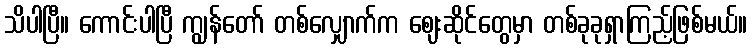
သိပါပြီ။ ကောင်းပါပြီ ကျွန်တော် တစ်လျှောက်က ဈေးဆိုင်တွေမှာ တစ်ခုခုရှာကြည့်ဖြစ်မယ်။